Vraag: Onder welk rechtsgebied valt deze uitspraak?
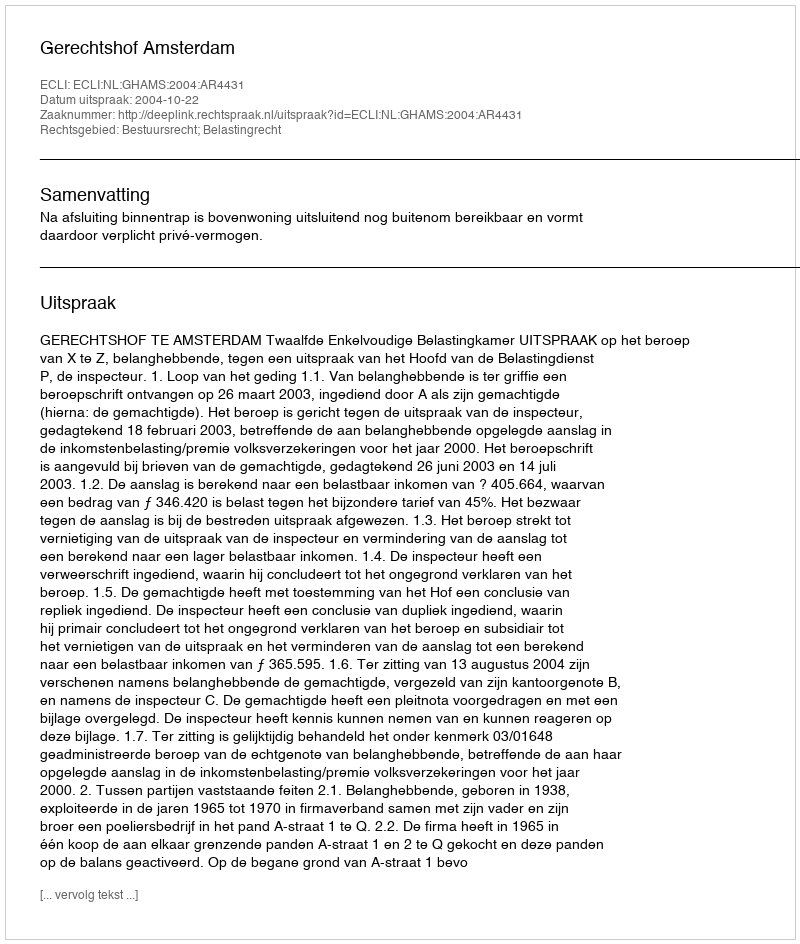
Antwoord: Bestuursrecht; Belastingrecht